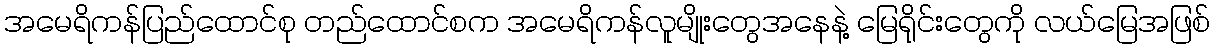
အမေရိကန်ပြည်ထောင်စု တည်ထောင်စက အမေရိကန်လူမျိုးတွေအနေနဲ့ မြေရိုင်းတွေကို လယ်မြေအဖြစ်